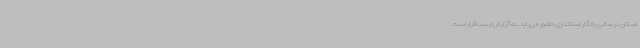
استان در سالن یادگار استانداری حضور می‌یابد. به گزارش ایسنا قرار است